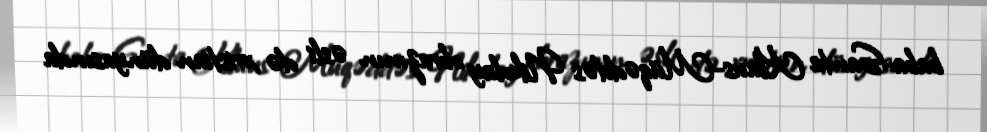
baba-Santa Klaus-Müqəddəs Nikolay obrazının əsli də xristian dünyasında